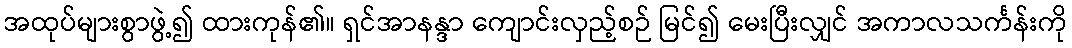
အထုပ်များစွာဖွဲ့၍ ထားကုန်၏။ ရှင်အာနန္ဒာ ကျောင်းလှည့်စဉ် မြင်၍ မေးပြီးလျှင် အကာလသင်္ကန်းကို